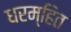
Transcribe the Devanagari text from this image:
धरम्हित